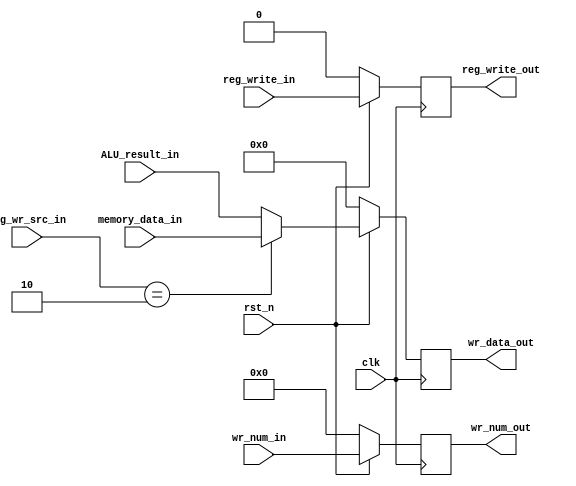
/************************************************* 
 
Copyright:Call_Me_ZK

File name:MEMWB.v

Author:ZK
 
Date:2020-08-16
 
Description:

  MEMWB
  
  : reg_write, wr_num, wr_data
  wr_datareg_wr_srcEXMEMALU_resultmemory.

**************************************************/

module MEMWB

	#(parameter num_width = 5, operand_width = 32, ALUop_width = 4)

(//
clk, rst_n, wr_num_in, reg_write_in, reg_wr_src_in,
ALU_result_in, memory_data_in,
//
wr_num_out, reg_write_out, wr_data_out
);
	
	//
	input clk, rst_n;
	input [num_width-1:0] wr_num_in;
	input [operand_width-1:0] ALU_result_in, memory_data_in;
	input reg_write_in;
	input [1:0] reg_wr_src_in;
	//
	output reg [num_width-1:0] wr_num_out;
	output reg [operand_width-1:0] wr_data_out;
	output reg reg_write_out;
	
	always@(posedge clk) begin
		if(!rst_n) begin
			wr_num_out <= 0;
			wr_data_out <= 0;
	      reg_write_out <= 0;
		end else begin
			wr_num_out <= wr_num_in;
	      reg_write_out <= reg_write_in;
			
			//10lb/w, 
			if(reg_wr_src_in == 2'b10)
				wr_data_out <= memory_data_in;
			else
				wr_data_out <= ALU_result_in;

		end
	end

endmodule